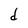
Character: d